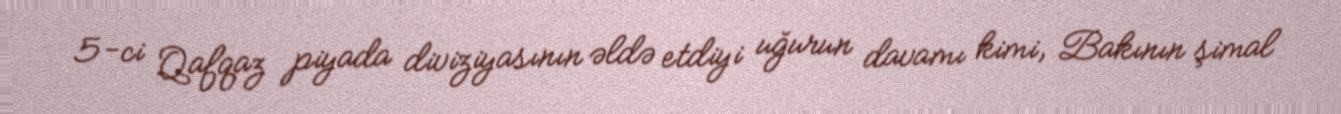
5-ci Qafqaz piyada diviziyasının əldə etdiyi uğurun davamı kimi, Bakının şimal